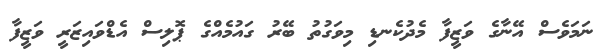
ނަމަވެސް އޭނާގެ ވަޒީފާ މެދުކެނޑި މިވަގުތު ބޭރު ގައުމެއްގެ ޕޮލިސް އެޑްވައިޒަރީ ވަޒީފާ